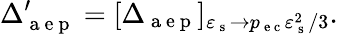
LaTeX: \Delta_{\mathrm{~a~e~p~}}^{\prime}=[\Delta_{\mathrm{~a~e~p~}}]_{\varepsilon_{\mathrm{~s~}}\rightarrow p_{\mathrm{~e~c~}}\varepsilon_{\mathrm{~s~}}^{2}/3}.